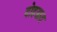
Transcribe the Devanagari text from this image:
दोहय़ात